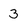
Character: 3